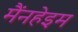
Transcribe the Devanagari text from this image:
मैंनहेइम